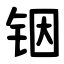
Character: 铟